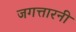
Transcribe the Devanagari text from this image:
जगत्तारनी